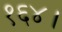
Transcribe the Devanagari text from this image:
१६४।